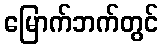
မြောက်ဘက်တွင်